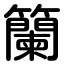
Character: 籣